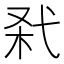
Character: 𢎊